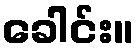
ခေါင်း။